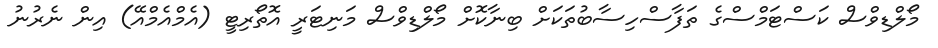
މޯލްޑިވްސް ކަސްޓަމްސްގެ ތަފާސްހިސާބުތަކަށް ބިނާކޮށް މޯލްޑިވްސް މަނިޓަރީ އޮތޯރިޓީ (އެމްއެމްއޭ) އިން ނެރުނު